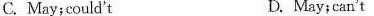
C. May;could't D. May;can't